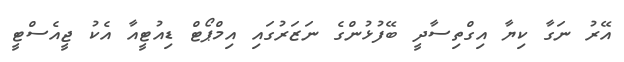
އޭރު ނަގާ ކިޔާ އިގްތިސާދީ ބޭފުޅުންގެ ނަޒަރުގައި އިމްޕޯޓް ޑިއުޓީއާ އެކު ޖީއެސްޓީ